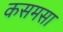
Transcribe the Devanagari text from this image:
कसमसा